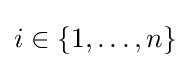
i\in \lbrace 1,\ldots ,n\rbrace